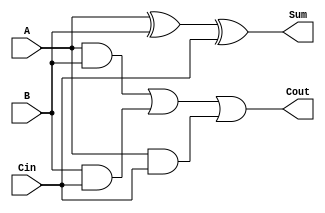
module FullAdder(input wire A, input wire B, input wire Cin, output reg Sum, output reg Cout);

assign XOR1_out = A ^ B;
assign Sum = XOR1_out ^ Cin;

assign AND1_out = A & B;
assign AND2_out = B & Cin;
assign AND3_out = A & Cin;
assign Cout = AND1_out | AND2_out | AND3_out;

endmodule